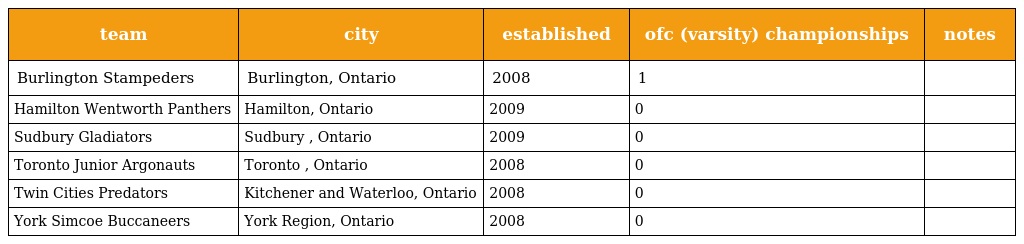
| team | city | established | ofc (varsity) championships | notes |
 | --- | --- | --- | --- | --- |
 | Burlington Stampeders | Burlington, Ontario | 2008 | 1 |  |
 | Hamilton Wentworth Panthers | Hamilton, Ontario | 2009 | 0 |  |
 | Sudbury Gladiators | Sudbury , Ontario | 2009 | 0 |  |
 | Toronto Junior Argonauts | Toronto , Ontario | 2008 | 0 |  |
 | Twin Cities Predators | Kitchener and Waterloo, Ontario | 2008 | 0 |  |
 | York Simcoe Buccaneers | York Region, Ontario | 2008 | 0 |  |